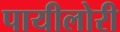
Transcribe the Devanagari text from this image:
पायीलोरी